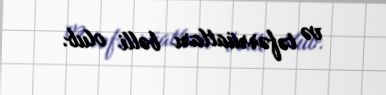
və təfərrüatları bəlli olub.